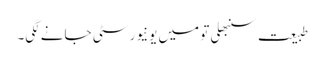
طبیعت سنبھلی تو میں یونیورسٹی جانے لگی۔